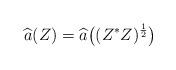
LaTeX: \begin{align*}\widehat{a}(Z) = \widehat{a}\big((Z^*Z)^\frac{1}{2}\big)\end{align*}